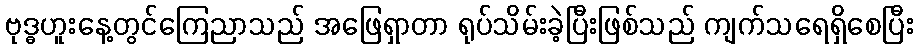
ဗုဒ္ဓဟူးနေ့တွင်ကြေညာသည် အဖြေရှာတာ ရုပ်သိမ်းခဲ့ပြီးဖြစ်သည် ကျက်သရေရှိစေပြီး